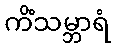
ကိံသမ္ဘာရံ